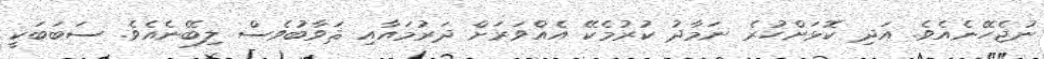
ނުޖެހޭނެއެވެ. އަދި ކޮޅަށްހުރެ ނަމާދު ކުރުމެކޭ އެއްވަރަށް ދަރުމައާއި ޘަވާބުވެސް ލިބޭނެއެވެ. ސަބަބަކީ